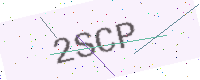
Text: 2SCP